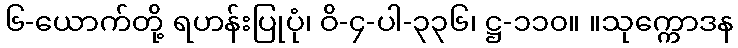
၆-ယောက်တို့ ရဟန်းပြုပုံ၊ ဝိ-၄-ပါ-၃၃၆၊ ဋ္ဌ-၁၁၀။ ။သုက္ကောဒန